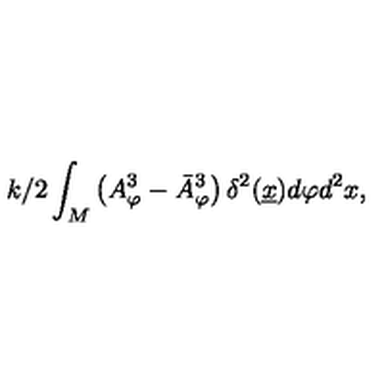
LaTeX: { k / 2 } \int _ { M } \left( A _ { \varphi } ^ { 3 } - \bar { A } _ { \varphi } ^ { 3 } \right) \delta ^ { 2 } ( \underline { { x } } ) d \varphi d ^ { 2 } x ,